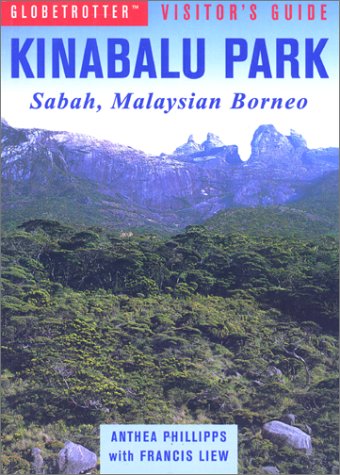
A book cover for Globetrotter Visitor's Guide Kinabalu Park (Globetrotter Visitor's Guides); Globetrotter; Travel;